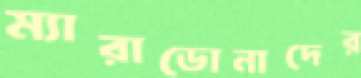
ম্যারাডোনাদের